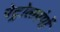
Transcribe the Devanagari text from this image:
पेट्रोलपंपों